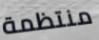
منتظمة